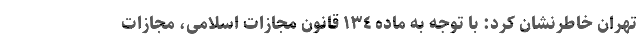
تهران خاطرنشان کرد: با توجه به ماده ١٣٤ قانون مجازات اسلامی، مجازات